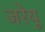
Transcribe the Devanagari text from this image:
जरेयू